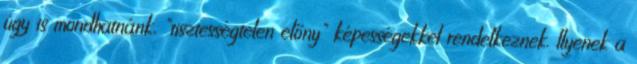
úgy is mondhatnánk, "tisztességtelen előny" képességekkel rendelkeznek. Ilyenek a